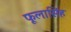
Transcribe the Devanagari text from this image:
फूलासिंह